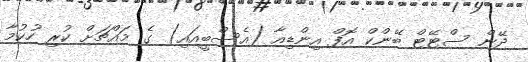
ދޭން ސްޓޭޓް ބޭންކް އޮފް އިންޑިއާ (އެސްބީއައި) ގެ މައްޗަށް ކުރި ހުކުމާ